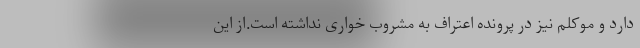
دارد و موکلم نیز در پرونده اعتراف به مشروب خواری نداشته است.از این